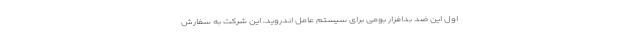
اول این ضد بدافزار بومی برای سیستم عامل اندروید، این شرکت به سفارش